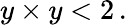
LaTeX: y\times y<2\, .